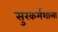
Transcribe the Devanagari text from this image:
सुरकर्मशाला